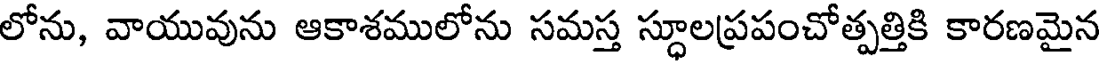
లోను, వాయువును ఆకాశములోను సమస్త స్థూలప్రపంచోత్పత్తికి కారణమైన